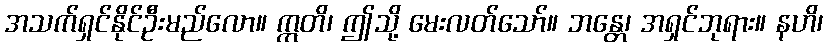
အသက်ရှင်နိုင်ဦးမည်လော။ ဣတိ၊ ဤသို့ မေးလတ်သော်။ ဘန္တေ၊ အရှင်ဘုရား။ နဟိ၊